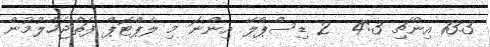
13.3 އިންޗި 4:3  2 ޑިސްޕްލޭ އިންނަ މި ލެޕްޓޮޕް ފަތްޖަހާލުމުން